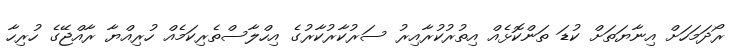
ރޯދަމަހަށް އިނާޔަތަށް ކުޑަ ތަންކޮޅެއް އިތުރުކުރާއިރު ސަރުކާރުކާރުގެ އިހްލާސްތެރިކަމެއް ހުރިއްޔާ ރާއްޖޭގެ ހުރިހާ